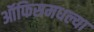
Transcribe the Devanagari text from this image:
ऑफिसमधल्या